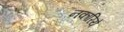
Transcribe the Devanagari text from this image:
नकारिये